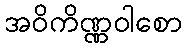
အဝိကိဏ္ဏဝါစော